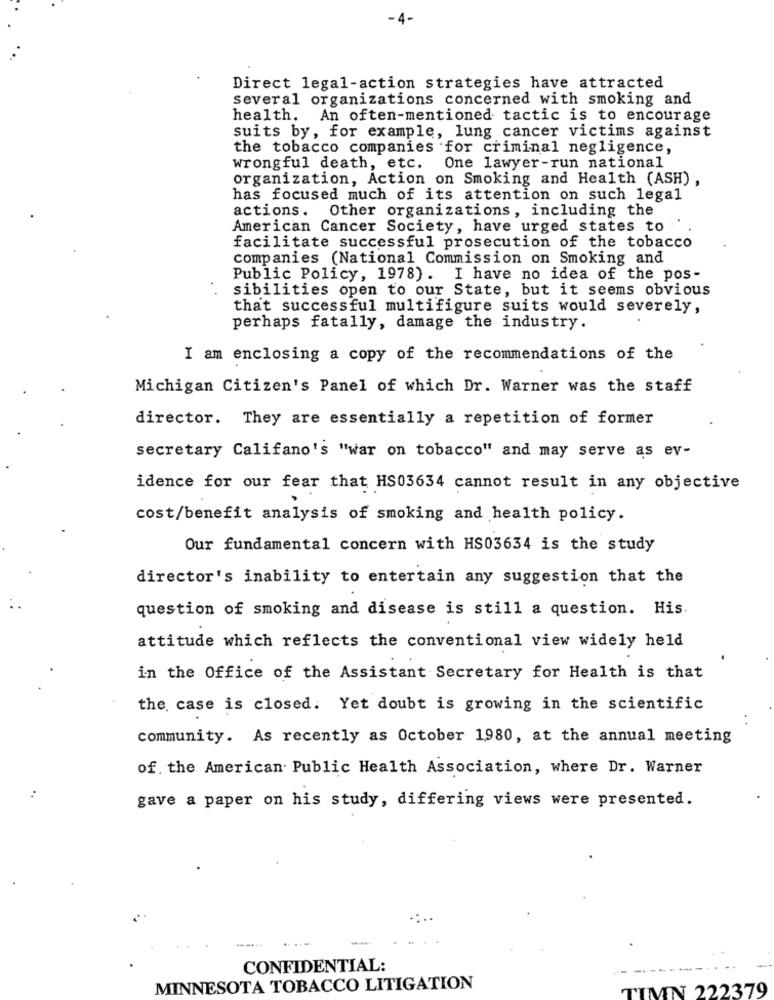
-4-
Direct legal-action strategies have attracted
several organizations concerned with smoking and
health. An often-mentioned tactic is to encourage
suits by, for example, lung cancer victims against
the tobacco companies for criminal negligence,
wrongful death, etc. One lawyer-run national
organization, Action on Smoking and Health (ASH) ,
has focused much of its attention on such legal
actions. Other organizations, including the
American Cancer Society, have urged states to
facilitate successful prosecution of the tobacco
companies (National Commission on Smoking and
Public Policy, 1978). I have no idea of the pos-
sibilities open to our State, but it seems obvious
that successful multifigure suits would severely,
perhaps fatally, damage the industry.
I am enclosing a copy of the recommendations of the
Michigan Citizen's Panel of which Dr. Warner was the staff
director. They are essentially a repetition of former
secretary Califano's "war on tobacco" and may serve as ev-
idence for our fear that HS03634 cannot result in any objective
cost/benefit analysis of smoking and health policy.
Our fundamental concern with HS03634 is the study
director's inability to entertain any suggestion that the
question of smoking and disease is still a question. His.
attitude which reflects the conventional view widely held
in the Office of the Assistant Secretary for Health is that
the case is closed. Yet doubt is growing in the scientific
. .
community. As recently as October 1980, at the annual meeting
of. the American Public Health Association, where Dr. Warner
gave a paper on his study, differing views were presented.
CONFIDENTIAL:
MINNESOTA TOBACCO LITIGATION
TIMN 222379